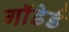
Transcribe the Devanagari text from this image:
गाॅडेर्ड